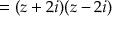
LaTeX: = ( z + 2 i ) ( z - 2 i )